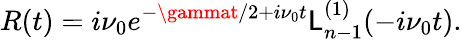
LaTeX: R(t)=i\nu_{0}e^{-\gammat/2+i\nu_{0}t}\mathsf{L}_{n-1}^{(1)}(-i\nu_{0}t).